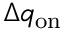
\Delta q _ { \mathrm { o n } }